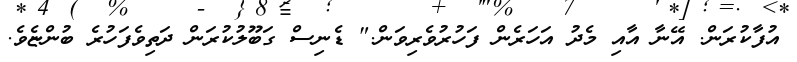
އުފާކުރަން. އޭނާ އާއި މެދު އަހަރެން ފަހުރުވެރިވަން." ޑެނިސް ގަބޫލުކުރަން ދަތިވެފަހުރެ ބުންޏެވެ.